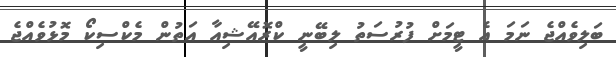
ބަލިވެއްޖެ ނަމަ އެ ޓީމަށް ފުރުސަތު ލިބޭނީ ކްރޮއޭޝިއާ އަތުން މެކްސިކޯ މޮޅުވެއްޖެ